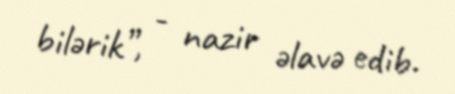
bilərik”, - nazir əlavə edib.